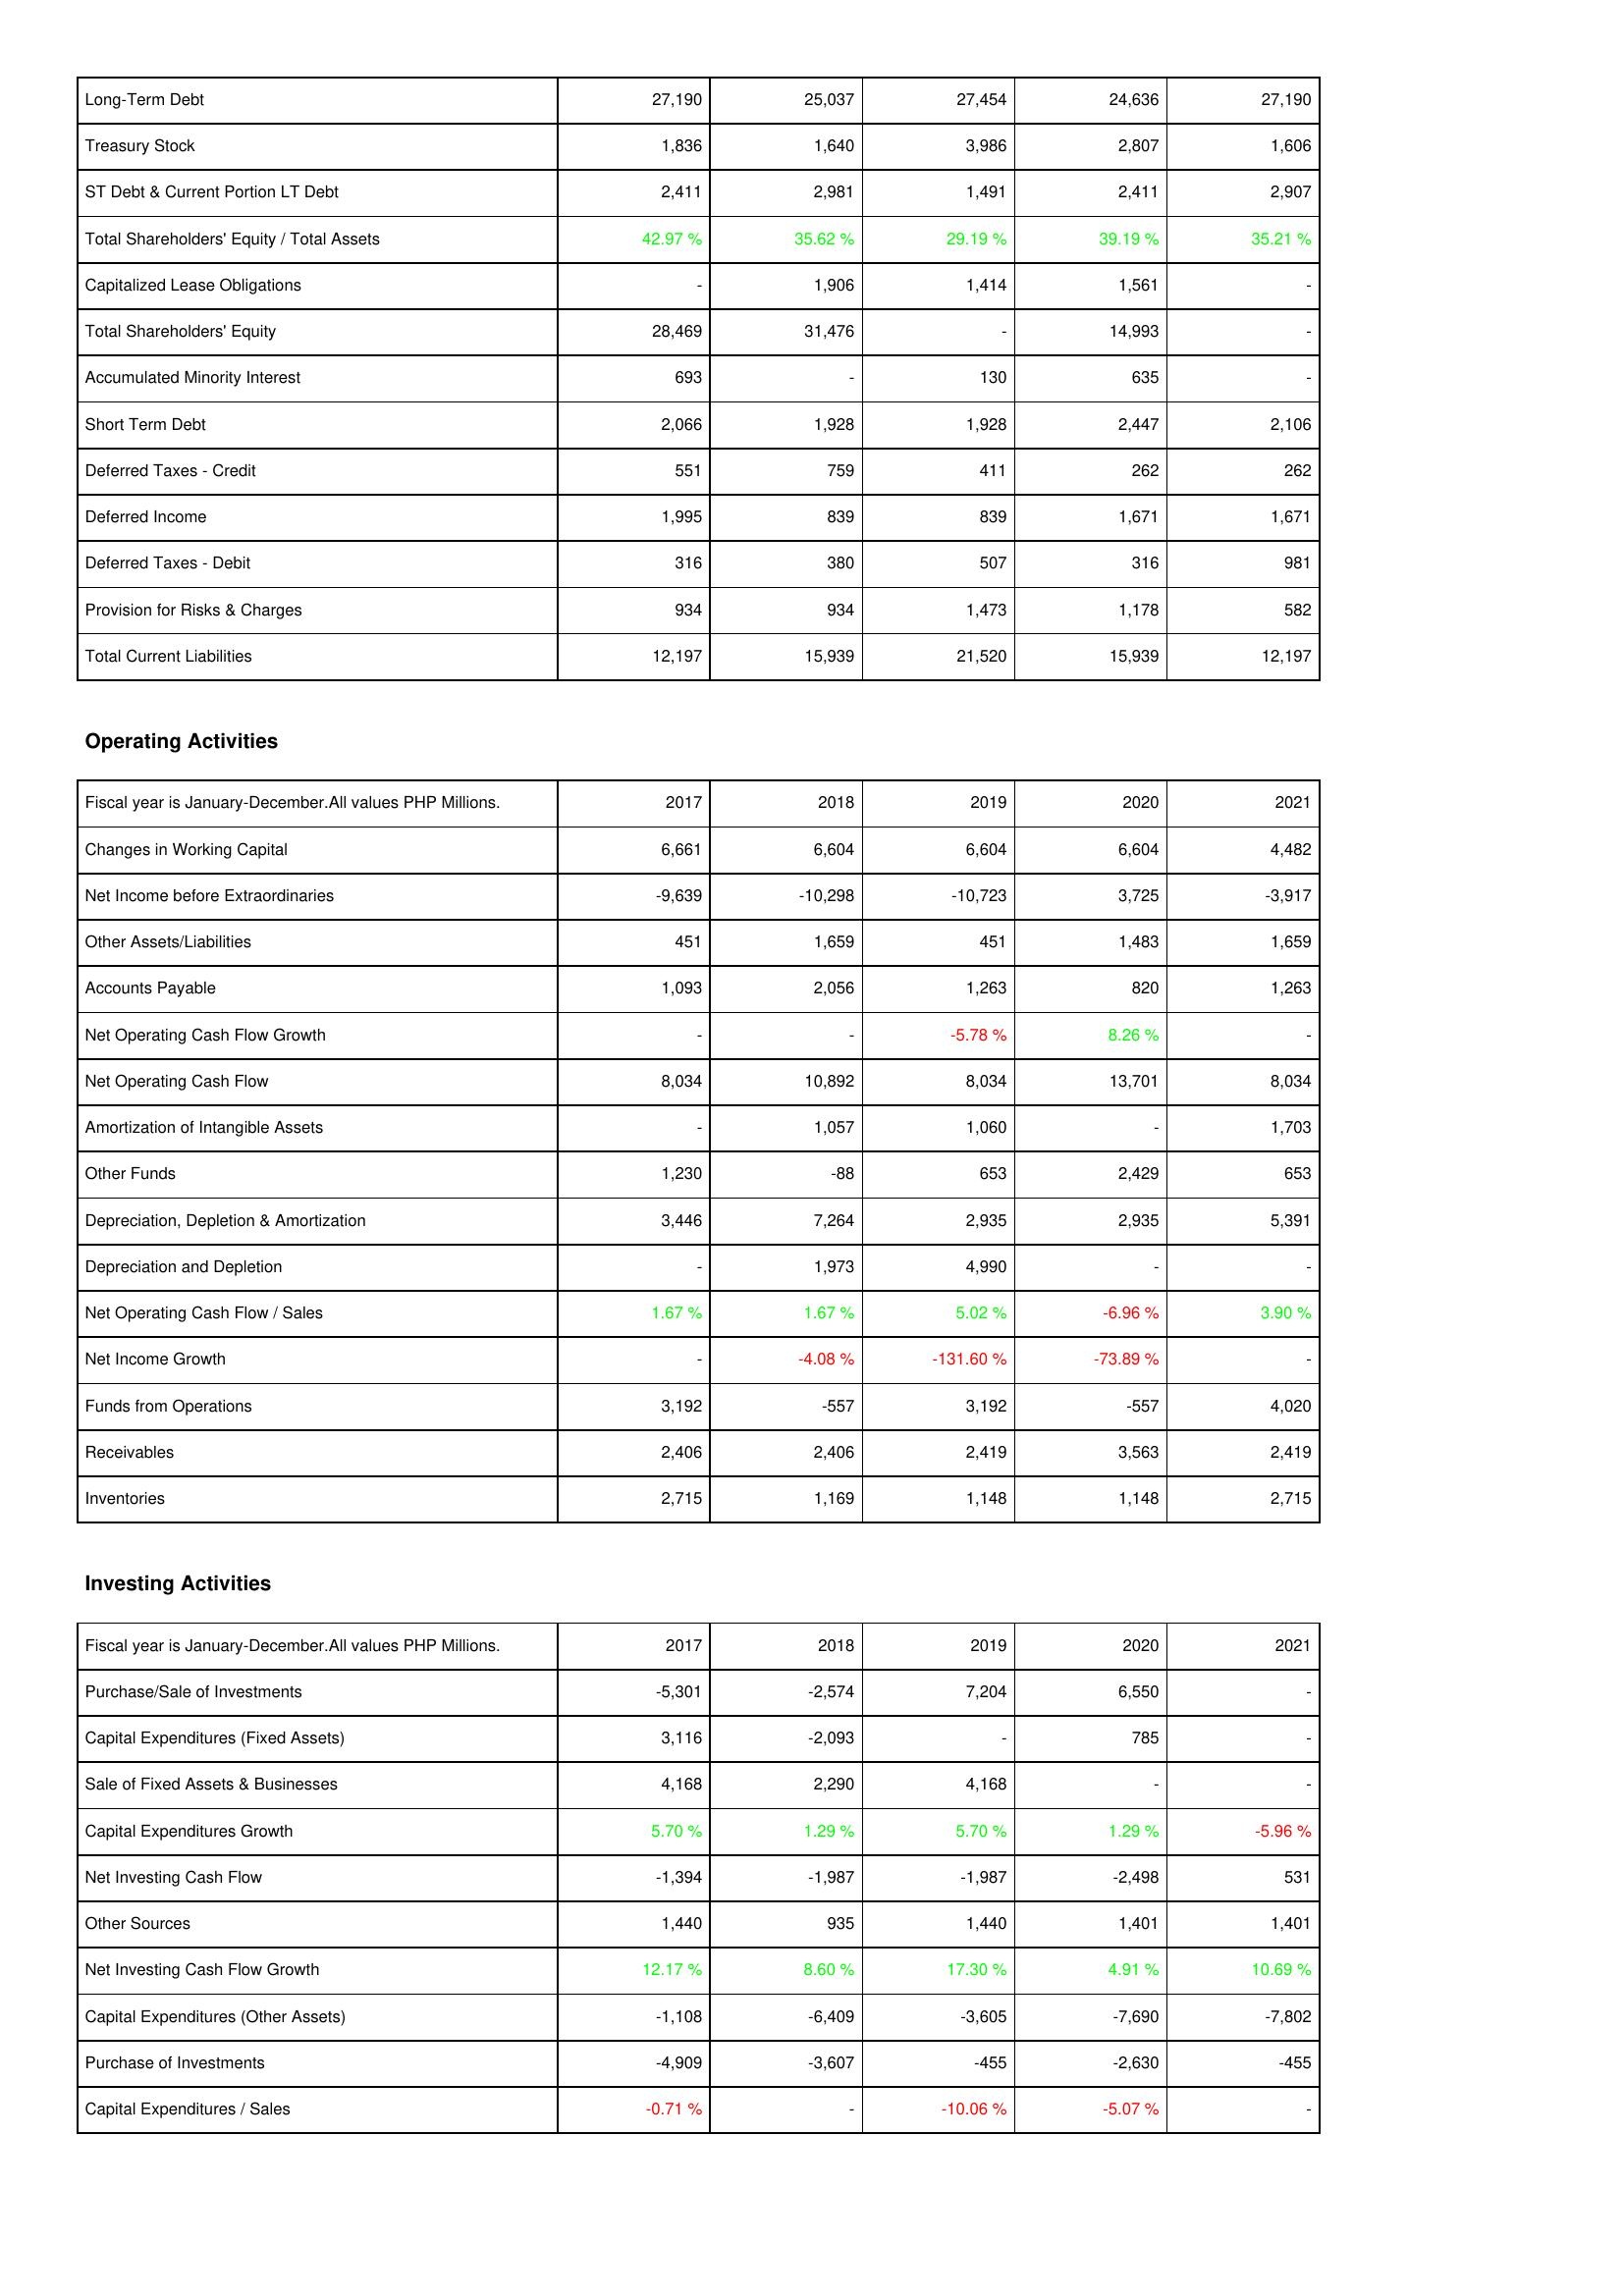
2017: Liabilities & Shareholders' Equity: Long-Term Debt: 27,190
Treasury Stock: 1,836
ST Debt & Current Portion LT Debt: 2,411
Total Shareholders' Equity / Total Assets: 42.97 %
Capitalized Lease Obligations: -
Total Shareholders' Equity: 28,469
Accumulated Minority Interest: 693
Short Term Debt: 2,066
Deferred Taxes - Credit: 551
Deferred Income: 1,995
Deferred Taxes - Debit: 316
Provision for Risks & Charges: 934
Total Current Liabilities: 12,197
Operating Activities: Changes in Working Capital: 6,661
Net Income before Extraordinaries: -9,639
Other Assets/Liabilities: 451
Accounts Payable: 1,093
Net Operating Cash Flow Growth: -
Net Operating Cash Flow: 8,034
Amortization of Intangible Assets: -
Other Funds: 1,230
Depreciation, Depletion & Amortization: 3,446
Depreciation and Depletion: -
Net Operating Cash Flow / Sales: 1.67 %
Net Income Growth: -
Funds from Operations: 3,192
Receivables: 2,406
Inventories: 2,715
Investing Activities: Purchase/Sale of Investments: -5,301
Capital Expenditures (Fixed Assets): 3,116
Sale of Fixed Assets & Businesses: 4,168
Capital Expenditures Growth: 5.70 %
Net Investing Cash Flow: -1,394
Other Sources: 1,440
Net Investing Cash Flow Growth: 12.17 %
Capital Expenditures (Other Assets): -1,108
Purchase of Investments: -4,909
Capital Expenditures / Sales: -0.71 %
2018: Liabilities & Shareholders' Equity: Long-Term Debt: 25,037
Treasury Stock: 1,640
ST Debt & Current Portion LT Debt: 2,981
Total Shareholders' Equity / Total Assets: 35.62 %
Capitalized Lease Obligations: 1,906
Total Shareholders' Equity: 31,476
Accumulated Minority Interest: -
Short Term Debt: 1,928
Deferred Taxes - Credit: 759
Deferred Income: 839
Deferred Taxes - Debit: 380
Provision for Risks & Charges: 934
Total Current Liabilities: 15,939
Operating Activities: Changes in Working Capital: 6,604
Net Income before Extraordinaries: -10,298
Other Assets/Liabilities: 1,659
Accounts Payable: 2,056
Net Operating Cash Flow Growth: -
Net Operating Cash Flow: 10,892
Amortization of Intangible Assets: 1,057
Other Funds: -88
Depreciation, Depletion & Amortization: 7,264
Depreciation and Depletion: 1,973
Net Operating Cash Flow / Sales: 1.67 %
Net Income Growth: -4.08 %
Funds from Operations: -557
Receivables: 2,406
Inventories: 1,169
Investing Activities: Purchase/Sale of Investments: -2,574
Capital Expenditures (Fixed Assets): -2,093
Sale of Fixed Assets & Businesses: 2,290
Capital Expenditures Growth: 1.29 %
Net Investing Cash Flow: -1,987
Other Sources: 935
Net Investing Cash Flow Growth: 8.60 %
Capital Expenditures (Other Assets): -6,409
Purchase of Investments: -3,607
Capital Expenditures / Sales: -
2019: Liabilities & Shareholders' Equity: Long-Term Debt: 27,454
Treasury Stock: 3,986
ST Debt & Current Portion LT Debt: 1,491
Total Shareholders' Equity / Total Assets: 29.19 %
Capitalized Lease Obligations: 1,414
Total Shareholders' Equity: -
Accumulated Minority Interest: 130
Short Term Debt: 1,928
Deferred Taxes - Credit: 411
Deferred Income: 839
Deferred Taxes - Debit: 507
Provision for Risks & Charges: 1,473
Total Current Liabilities: 21,520
Operating Activities: Changes in Working Capital: 6,604
Net Income before Extraordinaries: -10,723
Other Assets/Liabilities: 451
Accounts Payable: 1,263
Net Operating Cash Flow Growth: -5.78 %
Net Operating Cash Flow: 8,034
Amortization of Intangible Assets: 1,060
Other Funds: 653
Depreciation, Depletion & Amortization: 2,935
Depreciation and Depletion: 4,990
Net Operating Cash Flow / Sales: 5.02 %
Net Income Growth: -131.60 %
Funds from Operations: 3,192
Receivables: 2,419
Inventories: 1,148
Investing Activities: Purchase/Sale of Investments: 7,204
Capital Expenditures (Fixed Assets): -
Sale of Fixed Assets & Businesses: 4,168
Capital Expenditures Growth: 5.70 %
Net Investing Cash Flow: -1,987
Other Sources: 1,440
Net Investing Cash Flow Growth: 17.30 %
Capital Expenditures (Other Assets): -3,605
Purchase of Investments: -455
Capital Expenditures / Sales: -10.06 %
2020: Liabilities & Shareholders' Equity: Long-Term Debt: 24,636
Treasury Stock: 2,807
ST Debt & Current Portion LT Debt: 2,411
Total Shareholders' Equity / Total Assets: 39.19 %
Capitalized Lease Obligations: 1,561
Total Shareholders' Equity: 14,993
Accumulated Minority Interest: 635
Short Term Debt: 2,447
Deferred Taxes - Credit: 262
Deferred Income: 1,671
Deferred Taxes - Debit: 316
Provision for Risks & Charges: 1,178
Total Current Liabilities: 15,939
Operating Activities: Changes in Working Capital: 6,604
Net Income before Extraordinaries: 3,725
Other Assets/Liabilities: 1,483
Accounts Payable: 820
Net Operating Cash Flow Growth: 8.26 %
Net Operating Cash Flow: 13,701
Amortization of Intangible Assets: -
Other Funds: 2,429
Depreciation, Depletion & Amortization: 2,935
Depreciation and Depletion: -
Net Operating Cash Flow / Sales: -6.96 %
Net Income Growth: -73.89 %
Funds from Operations: -557
Receivables: 3,563
Inventories: 1,148
Investing Activities: Purchase/Sale of Investments: 6,550
Capital Expenditures (Fixed Assets): 785
Sale of Fixed Assets & Businesses: -
Capital Expenditures Growth: 1.29 %
Net Investing Cash Flow: -2,498
Other Sources: 1,401
Net Investing Cash Flow Growth: 4.91 %
Capital Expenditures (Other Assets): -7,690
Purchase of Investments: -2,630
Capital Expenditures / Sales: -5.07 %
2021: Liabilities & Shareholders' Equity: Long-Term Debt: 27,190
Treasury Stock: 1,606
ST Debt & Current Portion LT Debt: 2,907
Total Shareholders' Equity / Total Assets: 35.21 %
Capitalized Lease Obligations: -
Total Shareholders' Equity: -
Accumulated Minority Interest: -
Short Term Debt: 2,106
Deferred Taxes - Credit: 262
Deferred Income: 1,671
Deferred Taxes - Debit: 981
Provision for Risks & Charges: 582
Total Current Liabilities: 12,197
Operating Activities: Changes in Working Capital: 4,482
Net Income before Extraordinaries: -3,917
Other Assets/Liabilities: 1,659
Accounts Payable: 1,263
Net Operating Cash Flow Growth: -
Net Operating Cash Flow: 8,034
Amortization of Intangible Assets: 1,703
Other Funds: 653
Depreciation, Depletion & Amortization: 5,391
Depreciation and Depletion: -
Net Operating Cash Flow / Sales: 3.90 %
Net Income Growth: -
Funds from Operations: 4,020
Receivables: 2,419
Inventories: 2,715
Investing Activities: Purchase/Sale of Investments: -
Capital Expenditures (Fixed Assets): -
Sale of Fixed Assets & Businesses: -
Capital Expenditures Growth: -5.96 %
Net Investing Cash Flow: 531
Other Sources: 1,401
Net Investing Cash Flow Growth: 10.69 %
Capital Expenditures (Other Assets): -7,802
Purchase of Investments: -455
Capital Expenditures / Sales: -